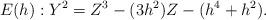
LaTeX: \begin{align*}E(h): Y^2=Z^3-(3h^2)Z-(h^4+h^2).\end{align*}